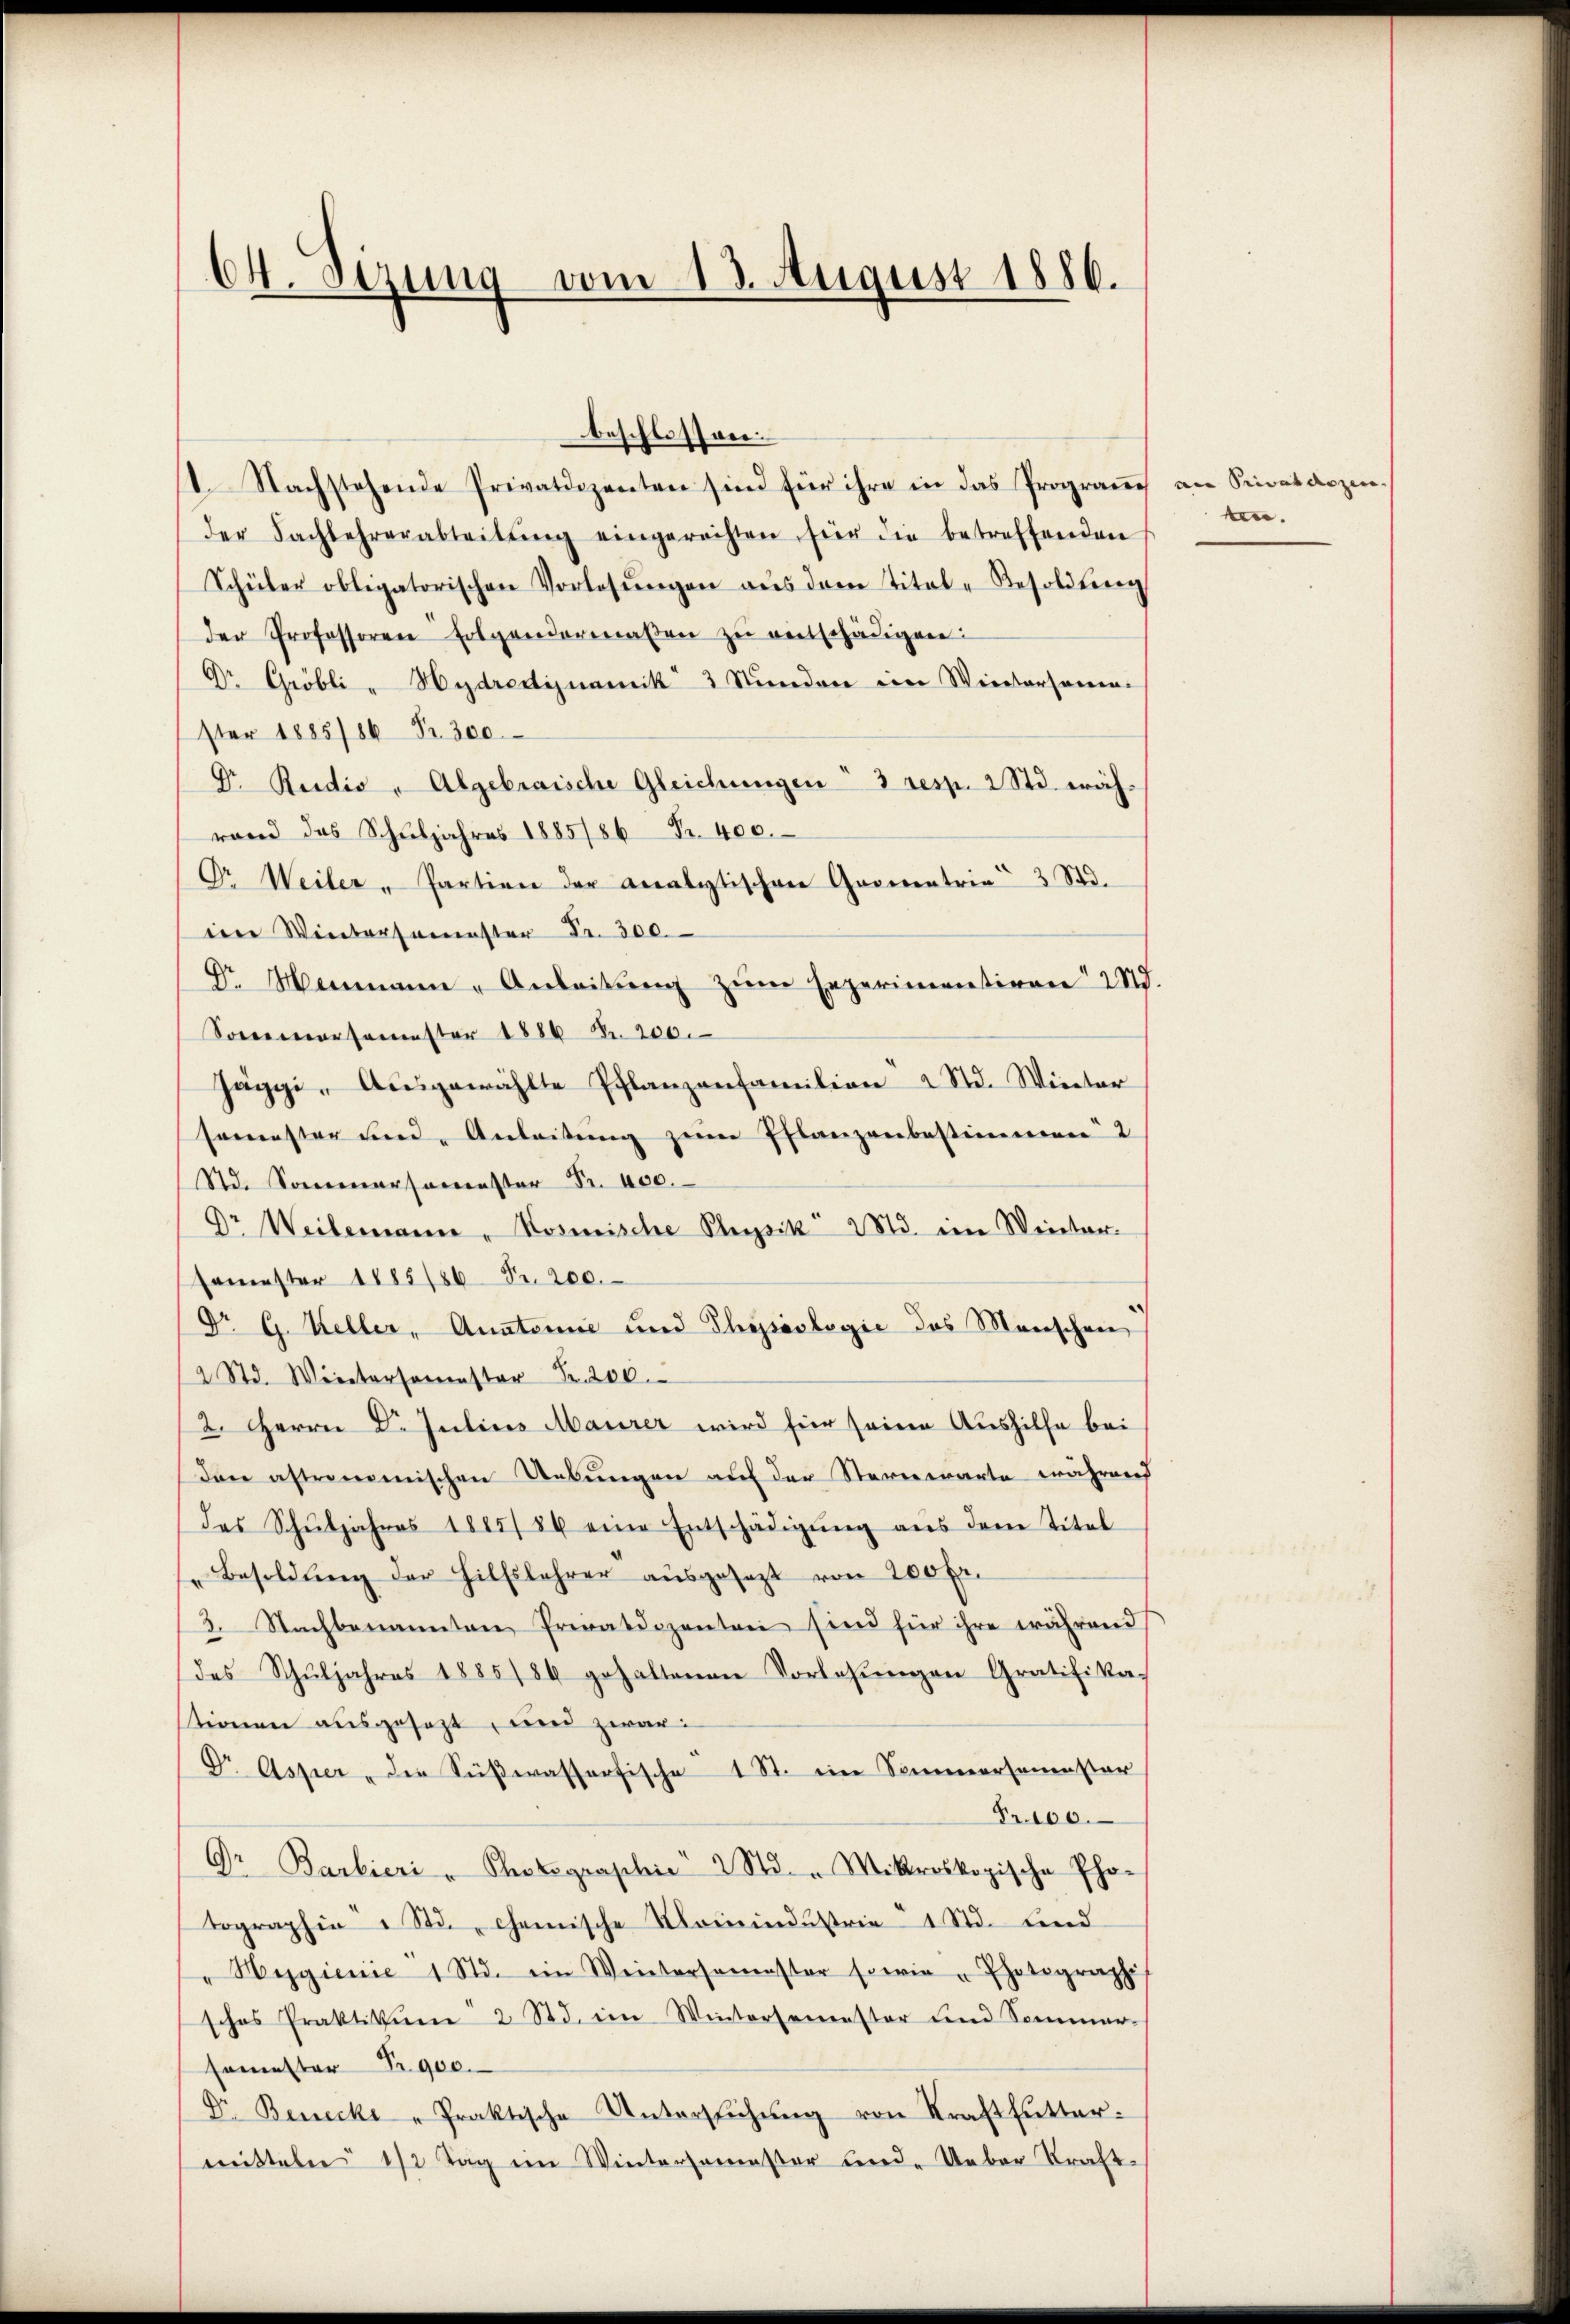
64. Sizung vom 13. August 1886.

beschlossen.
1. Nachstehende Privatdozenten sind für ihre in das Program an Privatdozen
der Sachlehrerabteilŭng eingerechten für die betreffenden
Schüler obligatorischen Vorlesŭngen aŭs dem Titel-Besoldŭng
der Professoren folgendermaβen zŭ vertschädigen:
Dr. Gröbli - Hydredignamik 3 Stunden eine Wiedersamen-
ster 1885/86 Fr. 300
Dr. Radio " Algebraische Gleichungen 3 resp. 2 Std. währand das Schuljahres 1885/86 Nr. 400.
Or Weiler - Partien der Analytischen Groientrie 3 Std.
im Wintersemester Fr. 300.
Dr. Menmann - Anleitŭng zŭm Eeperimentiren 2 S.
Sonnersamster 1880 Fr. 200.
Jäggi- Ausgewählte Pflanzenfamilien 2 Std. Winter
semester und Anleitung zum Pflanzenbestimmenen 2
Std. Sommersamester Fr. 400.
Dr Weilemann, Kosmische Pleysik 283. im Weiter
semester 1885/86 Fr. 200.
Dr G. Keller, Anatomie und Physiologie des Menschen
2 Std. Wintersamster Fr. 200.
2. Herrn D. Julius Maurer wird für seine Aushilfe bei
dar astromemischen Uebŭngen auf der Sternwarte während
das Schŭljahres 1885/86 eine Entschädigŭng aŭs dem Titel
"Besoldŭng der Hilfslehrer aŭsgesezt von 200 fr.
3. Nachbenannten Privatdozenten sind für ihre während
des Schŭljahres 1885/86 gehaltenen Vorlesŭngen Gratifika-
stionen ausgesezt, und zwar:
Dr. Asper, die Süβwasserfische 1 St. im Sommersemester
Nr. 100.
Dr Barbieri - Photographie 2 Std. " Mikroskopische Pho-
tographie 1 Std. chemische Nomindustrie 1 Std. Lind
"Wygienie 1 Std. ein Weitersamester sowie Photographi
sches Praktikum 2 Std. im Wintersemester und Sommer-
semester Fr. 900.
Dr. Benecke - Praktische Untersŭchŭng von Kraftfŭtter-
mitteln 1/2 Tag im Wintersemester und Ueber Kraft-

ten.